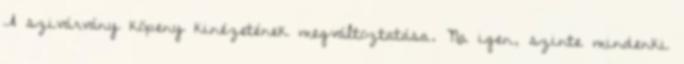
A szivárvány köpeny kinézetének megváltoztatása. Na igen, szinte mindenki